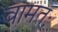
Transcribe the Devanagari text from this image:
वामतः